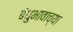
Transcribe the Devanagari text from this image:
बंधुभावाच्या